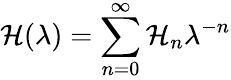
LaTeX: \mathcal{H}(\lambda)=\sum_{n=0}^{\infty}{\mathcal H}_{n}\lambda^{-n}